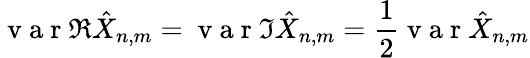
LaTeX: \mathrm{~v~a~r~}\Re\hat{X}_{n,m}=\mathrm{~v~a~r~}\Im\hat{X}_{n,m}=\frac{1}{2}\mathrm{~v~a~r~}\hat{X}_{n,m}